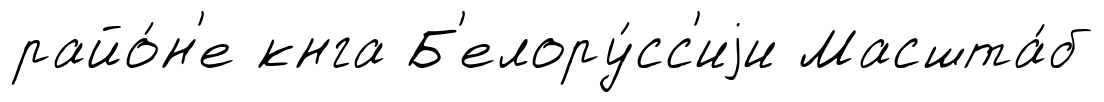
райо́н'е кнга Б'елору́сс'иjи Масшта́б